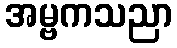
အမ္ဗကသညာ